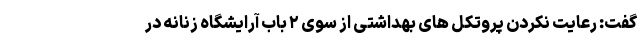
گفت: رعایت نکردن پروتکل های بهداشتی از سوی ۲ باب آرایشگاه زنانه در